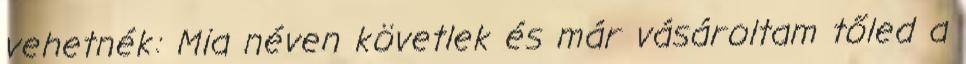
vehetnék: Mia néven követlek és már vásároltam tőled a